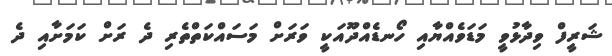
ޝަރީފް ވިދާޅުވީ މަޑަވެއްޔާއި ހޯނޑެއްދޫއަކީ ވަރަށް މަސައްކަތްތެރި ދެ ރަށް ކަމަށާއި ދެ